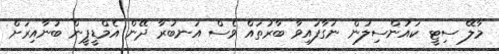
މާލޭ ސިޓީ ކައުންސިލުން ނަގާފައިވާ ބާރުތައް ވެސް އަނބުރާ ދޭން އެމްޑީޕީން ބުނާއިރަށް